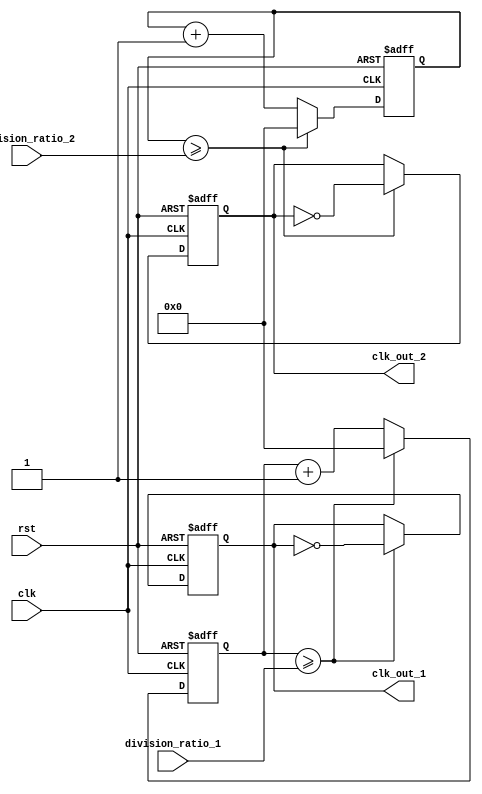
module dual_modulus_clock_divider(
    input clk,
    input rst,
    input [7:0] division_ratio_1,
    input [7:0] division_ratio_2,
    output reg clk_out_1,
    output reg clk_out_2
);

reg [7:0] counter_1;
reg [7:0] counter_2;

always @(posedge clk or posedge rst) begin
    if (rst) begin
        counter_1 <= 8'b0;
        counter_2 <= 8'b0;
        clk_out_1 <= 1'b0;
        clk_out_2 <= 1'b0;
    end else begin
        counter_1 <= counter_1 + 1;
        counter_2 <= counter_2 + 1;
        
        if (counter_1 >= division_ratio_1) begin
            clk_out_1 <= ~clk_out_1;
            counter_1 <= 8'b0;
        end
        
        if (counter_2 >= division_ratio_2) begin
            clk_out_2 <= ~clk_out_2;
            counter_2 <= 8'b0;
        end
    end
end

endmodule